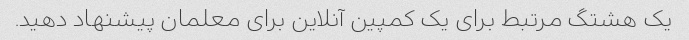
یک هشتگ مرتبط برای یک کمپین آنلاین برای معلمان پیشنهاد دهید.